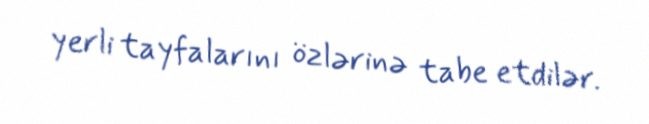
yerli tayfalarını özlərinə tabe etdilər.